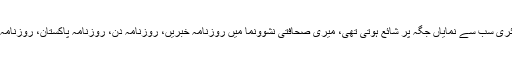
دو ، اڑھائی برس تک اس کے پولیٹیکل ایڈیشن میں میری ڈائری سب سے نمایاں جگہ پر شائع ہوتی تھی، میری صحافتی نشوونما میں روزنامہ خبریں، روزنامہ دن، روزنامہ پاکستان، روزنامہ ایکسپریس جیسے معیاری اخبارات نے اہم کردارادا کیا ہے۔